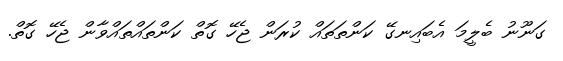
ގަނޫނު ބެލީމަ އެބައިނގޭ ކަންތަތައް ކުރަން ޖެހޭ ގޮތް ކަންތައްތައްވާން ޖެހޭ ގޮތް.